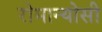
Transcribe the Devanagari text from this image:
रोमान्योसी